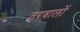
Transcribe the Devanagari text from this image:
तरवालों